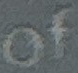
of